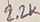
Text: 2.2K